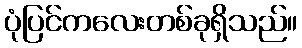
ပုံပြင်ကလေးတစ်ခုရှိသည်။